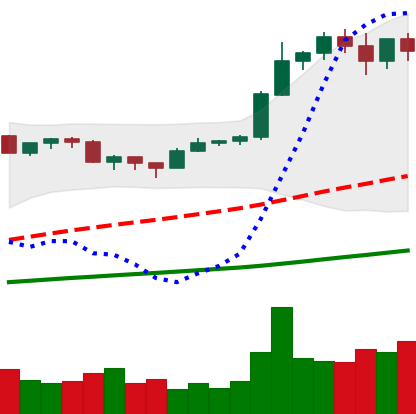
Ticker: BTC-USD
Chart end date: 2020-12-23
Forward return: 16.537%
Label: up_7plus